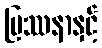
ပြဿနာနှင့်